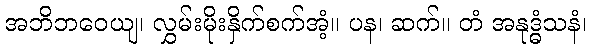
အဘိဘဝေယျ၊ လွှမ်းမိုးနှိက်စက်အံ့။ ပန၊ ဆက်။ တံ အနုဒ္ဓံသနံ၊